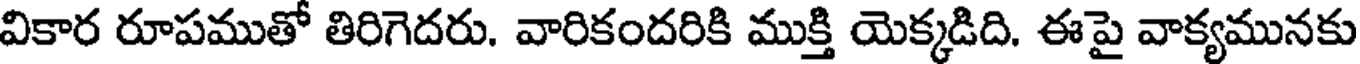
వికార రూపముతో తిరిగెదరు. వారికందరికి ముక్తి యెక్కడిది. ఈపై వాక్యమునకు